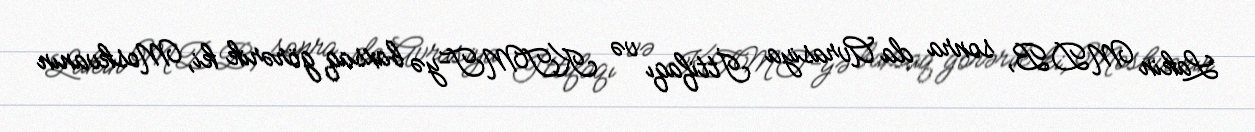
Lakin MDB, sonra da Avrasiya İttifaqı və KTMT-yə baxsaq görərik ki, Moskvanın